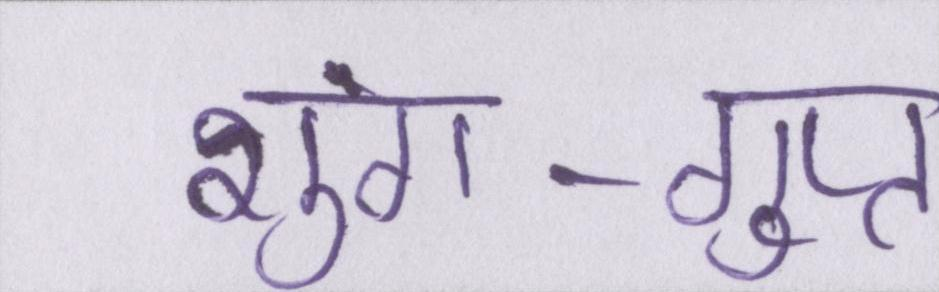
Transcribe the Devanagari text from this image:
शुंग-गुप्त